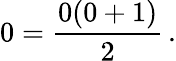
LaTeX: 0={\frac{0(0+1)}{2}}\, .